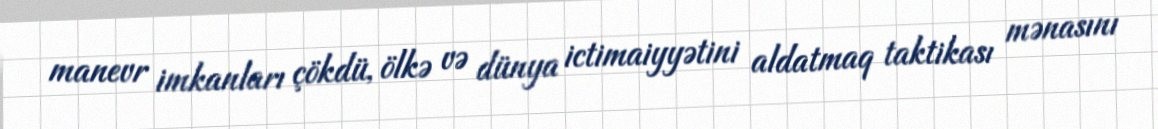
manevr imkanları çökdü, ölkə və dünya ictimaiyyətini aldatmaq taktikası mənasını